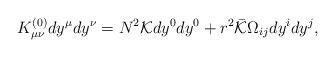
LaTeX: \begin{align*}K^{(0)}_{\mu\nu}dy^{\mu}dy^{\nu} = N^2{\cal K}dy^0dy^0 + r^2\bar{\cal K}\Omega_{ij}dy^idy^j,\end{align*}